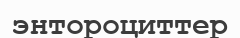
энтороциттер